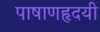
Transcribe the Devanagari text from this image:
पाषाणहृदयी